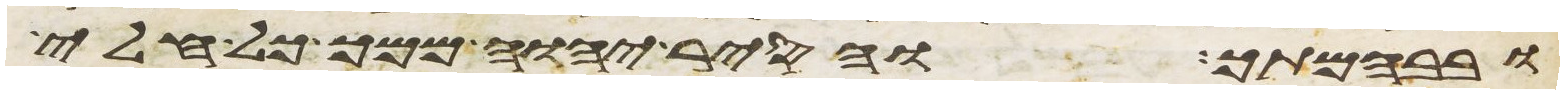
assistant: ובבהמתך והסיר יהוה ממך כל חלי